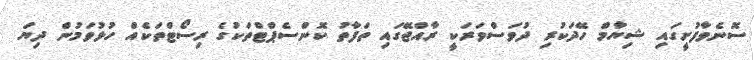
ސޮނެވާފުށީގައި ޝިޔާމް ހޭދަކުރި ދުވަސްވަރަކީ ރާއްޖޭގައި ތަފާތު ކޮންސެޕްޓްތަކުގެ ރިސޯޓްތަކެއް ހުޅުވަމުން ދިޔަ